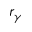
r _ { \gamma }